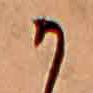
か